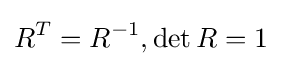
R^{T}=R^{-1},\det R=1